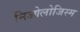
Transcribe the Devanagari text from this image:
निओलोजिस्म